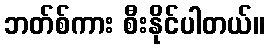
ဘတ်စ်ကား စီးနိုင်ပါတယ်။